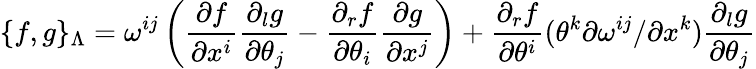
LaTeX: \{ f,g\} _{\Lambda}=\omega^{ij}\left(\frac{\partial f}{\partial x^{i}}\frac{\partial_{l}g}{\partial\theta_{j}}-\frac{\partial_{r}f}{\partial\theta_{i}}\frac{\partial g}{\partial x^{j}}\right)+\frac{\partial_{r}f}{\partial\theta^{i}}(\theta^{k}{\partial\omega^{ij}}/{\partial x^{k}})\frac{\partial_{l}g}{\partial\theta_{j}}